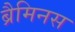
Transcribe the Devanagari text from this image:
ब्रैमिनस